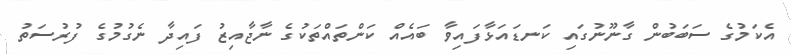
އެކަމުގެ ސަބަބުން ގާނޫނުގައި ކަނޑައަޅާފައިވާ ބައެއް ކަންތައްތަކުގެ ނާޖާއިޒު ފައިދާ ނެގުމުގެ ފުރުސަތު